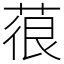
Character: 䓳